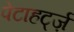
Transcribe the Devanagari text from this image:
पेटाहर्ट्ज़